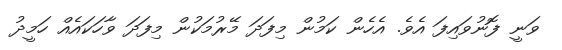
ވަނީ ފޮނުވައިފަ އެވެ. އެހެން ކަމުން މިފަދަ މޭރުމަކުން މިފަދަ ވާހަކައެއް ހަމީދު